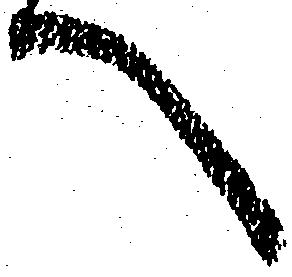
へ